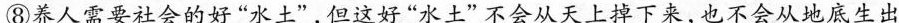
⑧养人需要社会的好“水土”，但这好“水上”不会从天上掉下来，也不会从地底生出